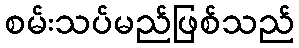
စမ်းသပ်မည်ဖြစ်သည်